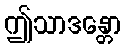
ဤသာဒန္တော